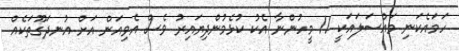
ހަމައެކަނި މައްސަލައަކީ 11 މީހުންނާ އެކު ކުޅެމުންދިޔައިރު ވެސް އެވިއަން އަށް އުނދަގޫތަކެއް